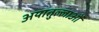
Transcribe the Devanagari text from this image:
अयातुल्लाओं